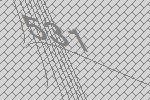
531